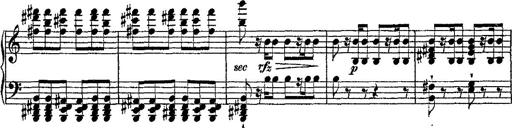
Title: Fantaisie romantique sur deux mÃ©lodies suisses
Composer: Franz Liszt